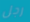
رجل